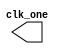
`timescale 1ns / 1ps
module clk_one_hz(output reg clk_one);
initial clk_one = 1'b1;
always #1 clk_one = ~clk_one;
endmodule